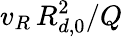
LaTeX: {v_{R}}\, R_{d,0}^{2}/Q